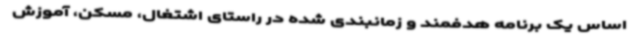
اساس یک برنامه هدفمند و زمانبندی شده در راستای اشتغال، مسکن، آموزش